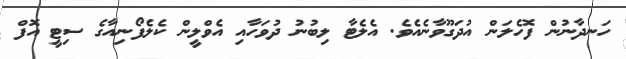
ހަނދާނުން ފޮހެލަން އުދަގޫވާނެއެވެ. އެލެޓާ ލިބުނު ދުވަހާއި އެވްލީން ކެލެފޯނިއާގެ ސިޓީ އޮފް